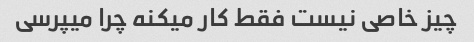
چیز خاصی نیست فقط کار میکنه چرا میپرسی